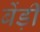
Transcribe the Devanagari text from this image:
बेंड़ी